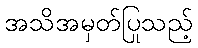
အသိအမှတ်ပြုသည့်